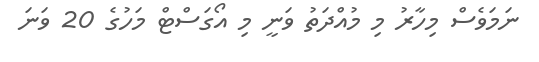
ނަމަވެސް މިހާރު މި މުއްދަތު ވަނީ މި އޯގަސްޓް މަހުގެ 20 ވަނަ